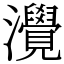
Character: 灚